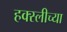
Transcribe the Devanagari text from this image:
हक्स्लीच्या